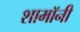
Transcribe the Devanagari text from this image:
शामॉनी